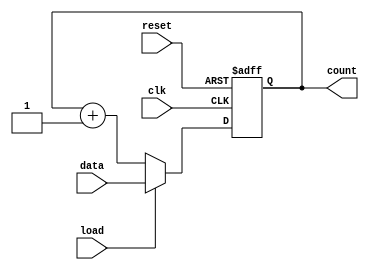
module loadable_counter (
    input wire clk,           // Clock signal
    input wire load,         // Load control signal
    input wire reset,        // Asynchronous reset signal
    input wire [7:0] data,   // Load value (8-bit)
    output reg [7:0] count    // Current count value (8-bit)
);

// Asynchronous reset and load behavior
always @(posedge clk or posedge reset) begin
    if (reset) begin
        count <= 8'b0;       // Reset count to 0
    end else if (load) begin
        count <= data;       // Load new value into count
    end else begin
        count <= count + 1;  // Increment count
    end
end

endmodule